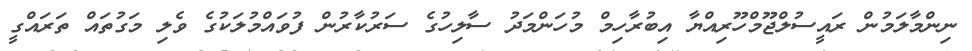
ނިންމާލަމުން ރައީސުލްޖޫމްހޫރިއްޔާ އިބުރާހިމް މުހަންމަދު ސާލިހުގެ ސަރުކާރުން ފުވައްމުލަކުގެ ވެލި މަގުތައް ތަރައްގީ